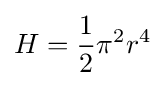
H={\frac {1}{2}}\pi ^{2}r^{4}